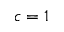
c = 1